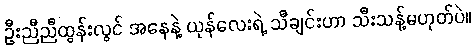
ဦးညီညီထွန်းလွင် အနေနဲ့ ယုန်လေးရဲ့ သီချင်းဟာ သီးသန့်မဟုတ်ပဲ။